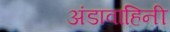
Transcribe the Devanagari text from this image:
अंडावाहिनी